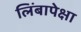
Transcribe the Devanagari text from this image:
लिंबापेक्षा